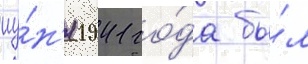
иу́н'я 1941 го́да бы́л